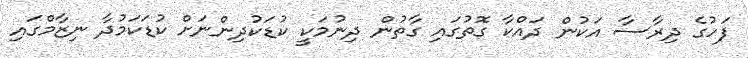
ފަހުގެ ދިރާސާ އަކުން ދައްކާ ގޮތުގައި ގާތުން ދިނުމަކީ ކުޑަކުދިންނަށް ކުޑަކަމުދާ ނިޒާމްގައި